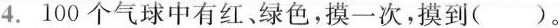
4.100个气球中有红、绿色，摸一次，摸到()。